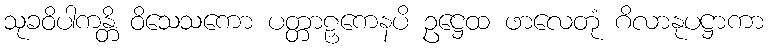
သုခဝိပါကန္တိ ဝိသေသကော ပတ္တာဠှကေနပိ ဥဋ္ဌေထ ဖာလေတုံ ဂိလာနုပဋ္ဌာကာ